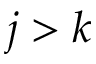
j > k